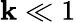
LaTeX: \mathbf{k}\ll1